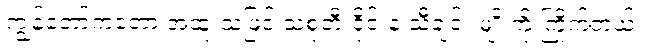
ကျွန်တော်ကတော့ အထူးသဖြင့် သံစုံတီးဝိုင်းနဲ့ သီချင်း မျိုးကို ကြိုက်တယ်။